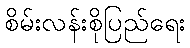
စိမ်းလန်းစိုပြည်ရေး